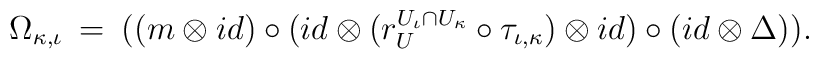
\Omega_{\kappa, \iota} \: = \: \big( ( m \otimes id ) \circ \big( id \otimes \big( r^{U_{\iota} \cap U_{\kappa} }_{U} \circ \tau_{\iota, \kappa} \big) \otimes id \big) \circ (id \otimes \Delta) \big) .